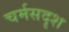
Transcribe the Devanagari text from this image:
चर्मसदृश